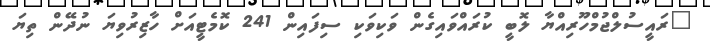
"ރައީސުލްޖުމްހޫރިއްޔާ ލޮބީ ކުރައްވައިގެން ވަކިވަކި ސިފައިން 241 ކޮމެޓީއަށް ހާޒިރުވިޔަ ނުދޭން ތިޔަ